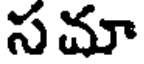
సమా